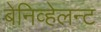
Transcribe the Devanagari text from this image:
बेनिव्हेलन्ट